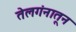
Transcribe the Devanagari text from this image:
तेलगंनातून